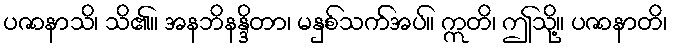
ပဇာနာသိ၊ သိ၏။ အနဘိနန္ဒိတာ၊ မနှစ်သက်အပ်။ ဣတိ၊ ဤသို့။ ပဇာနာတိ၊